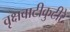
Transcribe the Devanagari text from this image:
वृक्षवाटीकुटीरे